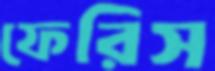
ফেরিস